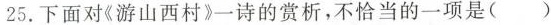
25.下面对《游山西村》一诗的赏析，不恰当的一项是()